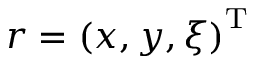
\begin{array} { r } { r = \left( x , y , \xi \right) ^ { \mathrm { T } } } \end{array}